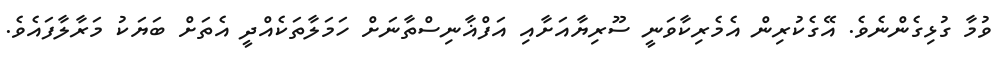
ވުމާ ގުޅިގެންނެވެ. އޭގެކުރިން އެމެރިކާވަނީ ސޫރިޔާއަށާއި އަފްޣާނިސްތާނަށް ހަމަލާތަކެއްދީ އެތަށް ބަޔަކު މަރާލާފައެވެ.